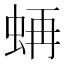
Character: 𧋁